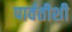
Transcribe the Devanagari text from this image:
पार्वतीशी